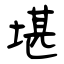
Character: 堪